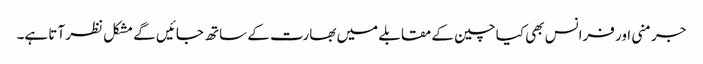
جرمنی اور فرانس بھی کیا چین کے مقابلے میں بھارت کے ساتھ جائیں گے مشکل نظر آتا ہے۔